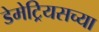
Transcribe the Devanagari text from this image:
डेमेट्रियसच्या